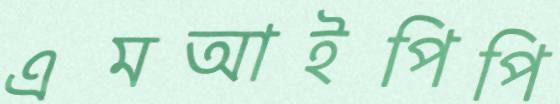
এমআইপিপি